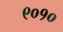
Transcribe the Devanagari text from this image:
९०१०